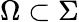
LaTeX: \Omega\subset\Sigma